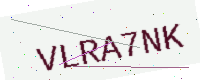
Text: VLRA7NK